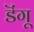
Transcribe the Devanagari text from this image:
डॆंगू